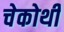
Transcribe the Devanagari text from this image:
चेकोथी